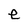
Character: e